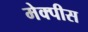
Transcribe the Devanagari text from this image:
मेक्पीस